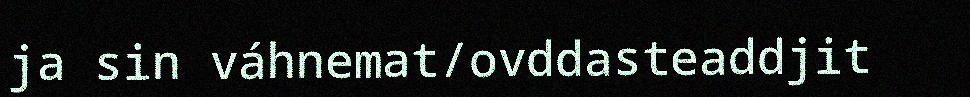
ja sin váhnemat/ovddasteaddjit